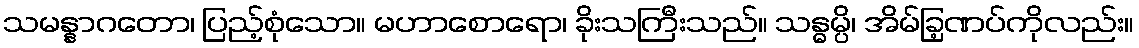
သမန္နာဂတော၊ ပြည့်စုံသော။ မဟာစောရော၊ ခိုးသကြီးသည်။ သန္ဓမ္ပိ၊ အိမ်ခြ့ဏပ်ကိုလည်း။